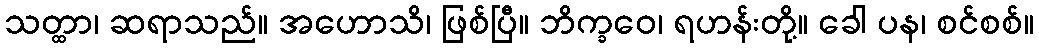
သတ္ထာ၊ ဆရာသည်။ အဟောသိ၊ ဖြစ်ပြီ။ ဘိက္ခဝေ၊ ရဟန်းတို့။ ခေါ ပန၊ စင်စစ်။